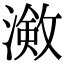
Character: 𭲠